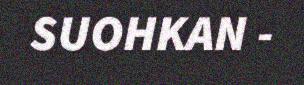
SUOHKAN -